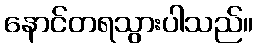
နောင်တရသွားပါသည်။